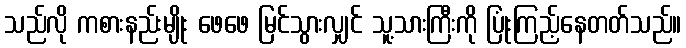
သည်လို ကစားနည်းမျိုး ဖေဖေ မြင်သွားလျှင် သူ့သားကြီးကို ပြုံးကြည့်နေတတ်သည်။